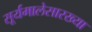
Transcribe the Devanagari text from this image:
सूर्यमालेसारख्या